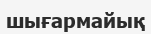
шығармайық